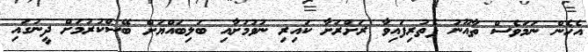
އެހެން ނަމަވެސް ތާއޫނު ފެތުރިފައިވާ ރަށްރަށާ ކައިރި ނުވުމަށާއި ބަލިބައްޔަށް ބޭސްކުރުމަށް ދީނުގައި